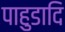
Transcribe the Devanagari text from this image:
पाहुडादि